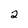
Character: 2